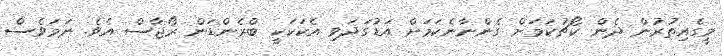
މީގެއިތުރުން ދެން ކޯޗުކަމަށް ގެންނާނެކަމަށް އަޑުގަދަވި އެކަކަކީ ބްރެންޑަން ރޯޖާސް އެވެ. ނަމަވެސް